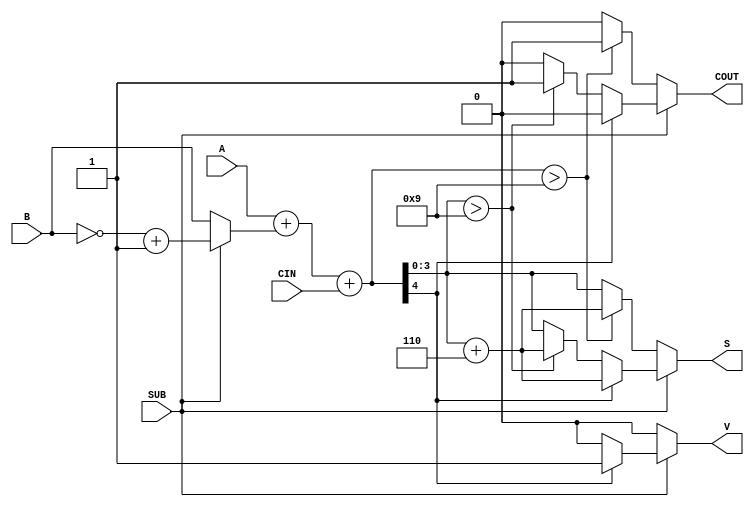
module BCD_Add_Subtracter (
    input  wire [3:0] A,     // First BCD digit
    input  wire [3:0] B,     // Second BCD digit
    input  wire SUB,         // Control signal for addition/subtraction
    input  wire CIN,         // Carry-in for addition
    output reg  [3:0] S,     // Resulting BCD digit
    output reg  COUT,        // Carry-out
    output reg  V           // Overflow flag for subtraction
);

    wire [4:0] sum;          // 5-bit sum to accommodate carry
    wire [4:0] B_comp;       // 5-bit 9's complement of B
    wire [4:0] result;       // Result of addition/subtraction

    // Compute 9's complement of B
    assign B_comp = {1'b0, ~B} + 5'b00001; // Invert B and add 1

    // Perform addition or subtraction based on SUB signal
    assign sum = A + (SUB ? B_comp[3:0] : B) + CIN; // Add B or 9's complement of B

    always @(*) begin
        // Default values
        S = 4'b0000;
        COUT = 1'b0;
        V = 1'b0;

        if (SUB) begin
            // Subtraction logic
            if (sum[4] == 1'b1) begin
                // If the result is negative, set overflow flag
                V = 1'b1;
                S = sum[3:0] + 4'b0110; // Add 6 to correct
            end else begin
                // Check if result is valid BCD
                if (sum[3:0] > 4'b1001) begin
                    S = sum[3:0] + 4'b0110; // Add 6 to correct
                    COUT = 1'b1; // Set carry-out
                end else begin
                    S = sum[3:0];
                end
            end
        end else begin
            // Addition logic
            if (sum > 4'b1001) begin
                S = sum[3:0] + 4'b0110; // Add 6 to correct
                COUT = 1'b1; // Set carry-out
            end else begin
                S = sum[3:0];
            end
        end
    end
endmodule